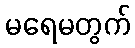
မရေမတွက်